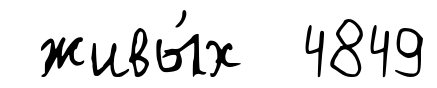
живы́х 4849